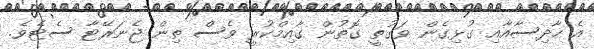
އެ ހާދިސާއާއި ގުޅިގެން ވަގުތީ ގޮތުން ގާއިމްކުރީ ވެސް ތިން ޖެނަރޭޓާ ސެޓެވެ.